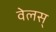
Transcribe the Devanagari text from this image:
वेलस्